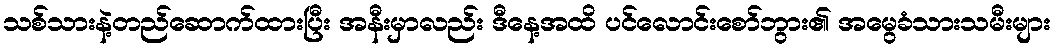
သစ်သားနဲ့တည်ဆောက်ထားပြီး အနီးမှာလည်း ဒီနေ့အထိ ပင်လောင်းစော်ဘွား၏ အမွေခံသားသမီးများ